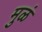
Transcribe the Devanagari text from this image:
मुळं